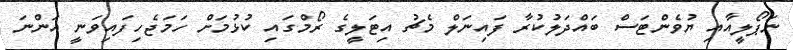
ނަޕޯލީއާއި ޔުވެންޓަސް ބައްދަލުކުރާ ފައިނަލް މެޗު އިޓަލީގެ ރޯމްގައި ކުޅުމަށް ހަމަޖެހިފައިވަނީ އަންނަ